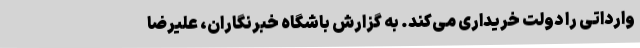
وارداتی را دولت خریداری می‌کند. به گزارش باشگاه خبرنگاران، علیرضا